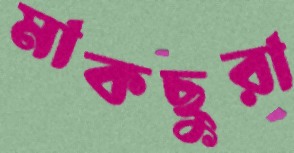
মাকছুরা